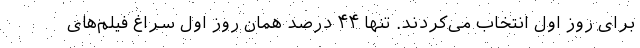
برای روز اول انتخاب می‌کردند. تنها ۴۴ درصد همان روز اول سراغ فیلم‌های